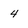
Character: 4